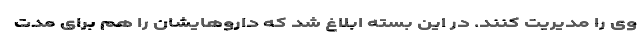
وی را مدیریت کنند. در این بسته ابلاغ شد که داروهایشان را هم برای مدت